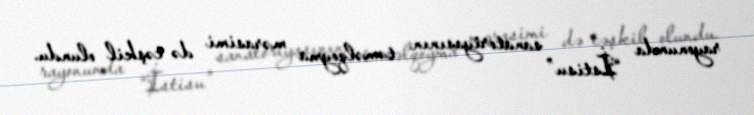
rayonunda “İstisu” sanatoriyasının təməlqoyma mərasimi də təşkil olundu.